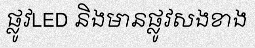
ផ្លូវLED និងមានផ្លូវសងខាង